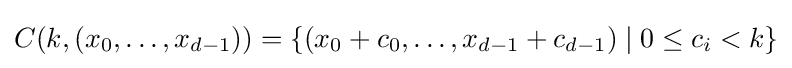
C(k,(x_{0},\ldots ,x_{d-1}))=\left\{(x_{0}+c_{0},\dots ,x_{d-1}+c_{d-1})\mid 0\leq c_{i}<k\right\}